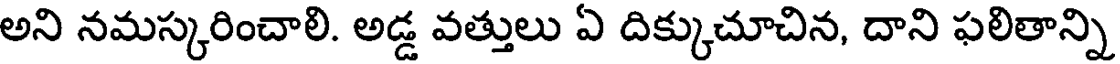
అని నమస్కరించాలి. అడ్డ వత్తులు ఏ దిక్కుచూచిన, దాని ఫలితాన్ని